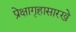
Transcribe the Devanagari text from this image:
प्रेक्षागृहासारखे